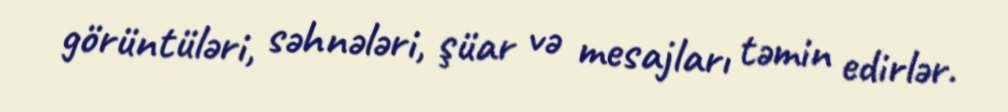
görüntüləri, səhnələri, şüar və mesajları təmin edirlər.